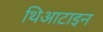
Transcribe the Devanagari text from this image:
थिआटाइन